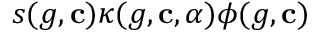
s ( g , \mathbf { c } ) \kappa ( g , \mathbf { c } , \alpha ) \phi ( g , \mathbf { c } )